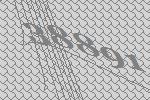
38891